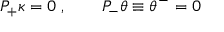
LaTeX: { \cal P } _ { + } \kappa = 0 \ , \qquad { \cal P } _ { - } \theta \equiv \theta ^ { - } = 0